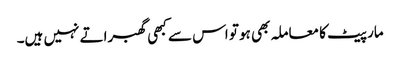
مار پیٹ کا معاملہ بھی ہو تو اس سے کبھی گھبراتے نہیں ہیں۔